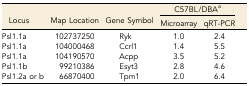
<table><thead><tr><td rowspan="2"><b>Locus</b></td><td rowspan="2"><b>Map Location</b></td><td rowspan="2"><b>Gene Symbol</b></td><td colspan="2"><b>C57BL/DBA<i><sup>a</sup></i></b></td></tr><tr><td><b>Microarray</b></td><td><b>qRT-PCR</b></td></tr></thead><tbody><tr><td>Psl1.1a</td><td>102737250</td><td>Ryk</td><td>1.0</td><td>2.4</td></tr><tr><td>Psl1.1a</td><td>104000468</td><td>Ccrl1</td><td>1.4</td><td>5.5</td></tr><tr><td>Psl1.1a</td><td>104190570</td><td>Acpp</td><td>3.5</td><td>5.2</td></tr><tr><td>Psl1.1b</td><td>99210386</td><td>Esyt3</td><td>2.8</td><td>4.6</td></tr><tr><td>Psl1.2a or b</td><td>66870400</td><td>Tpm1</td><td>2.0</td><td>6.4</td></tr></tbody></table>